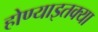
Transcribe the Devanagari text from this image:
होण्याइतक्या